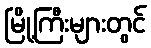
မြို့ကြီးများတွင်